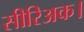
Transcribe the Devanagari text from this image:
सीरिअक।